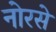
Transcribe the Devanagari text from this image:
नोरसे